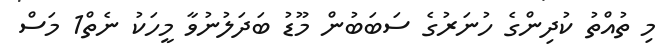
މި ތުއްތު ކުދިންގެ ހުނަރުގެ ސަބަބުން މޫޑު ބަދަލުނުވާ މީހަކު ނެތް1 މަސް